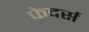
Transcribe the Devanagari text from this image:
फेदर्स